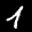
Label: 1